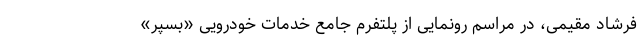
فرشاد مقیمی، در مراسم رونمایی از پلتفرم جامع خدمات خودرویی «بسپُر»